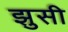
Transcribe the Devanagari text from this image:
झुसी